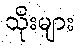
သိုးများ